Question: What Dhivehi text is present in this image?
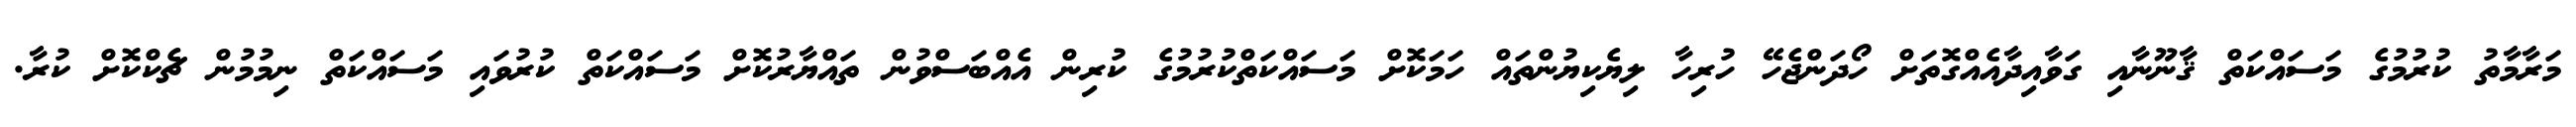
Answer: މަރާމާތު ކުރުމުގެ މަސައްކަތް ޤާނޫނާއި ގަވާއިދާއެއްގޮތަށް ހޯދަންޖެހޭ ހުރިހާ ލިޔެކިޔުންތައް ހަމަކޮށް މަސައްކަތްކުރުމުގެ ކުރިން އެއްބަސްވުން ތައްޔާރުކޮށް މަސައްކަތް ކުރުވައި މަސައްކަތް ނިމުމުން ޗެކްކޮށް ކުރާ.